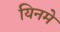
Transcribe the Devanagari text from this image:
यिनमे